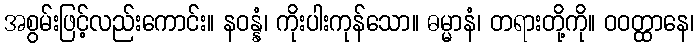
အစွမ်းဖြင့်လည်းကောင်း။ နဝန္နံ၊ ကိုးပါးကုန်သော။ ဓမ္မာနံ၊ တရားတို့ကို။ ဝဝတ္ထာနေ၊